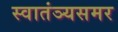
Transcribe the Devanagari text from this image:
स्वातंञ्यसमर